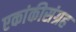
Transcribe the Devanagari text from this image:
एकांकीसंग्रह